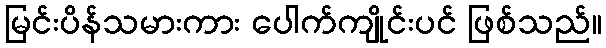
မြင်းပိန်သမားကား ပေါက်ကျိုင်းပင် ဖြစ်သည်။